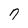
Character: 7